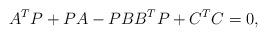
LaTeX: \begin{align*}A^TP + PA - PBB^TP + C^TC=0,\end{align*}